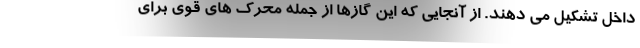
داخل تشکیل می دهند. از آنجایی که این گازها از جمله محرک های قوی برای